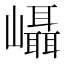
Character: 𭗵